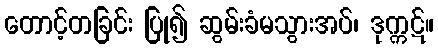
တောင့်တခြင်း ပြု၍ ဆွမ်းခံမသွားအပ်၊ ဒုက္ကဋ်။